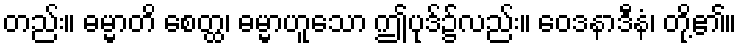
တည်း။ ဓမ္မာတိ စေတ္ထ၊ ဓမ္မာဟူသော ဤပုဒ်၌လည်း။ ဝေဒနာဒီနံ၊ တို့၏။